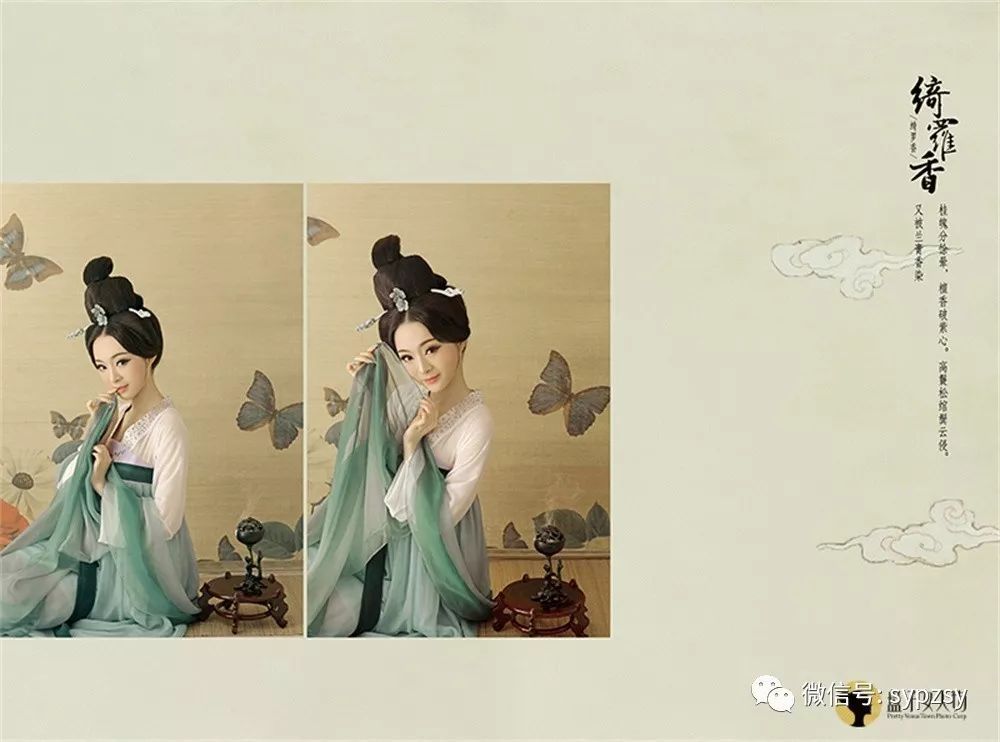
记当日门掩梨花，翦灯深夜语。